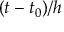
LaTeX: ( t - t _ { 0 } ) / h